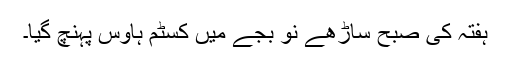
ہفتہ کی صبح ساڑھے نو بجے میں کسٹم ہاوس پہنچ گیا۔